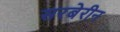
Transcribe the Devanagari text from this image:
सरबेरीन